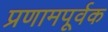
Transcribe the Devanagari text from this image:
प्रणामपूर्वक